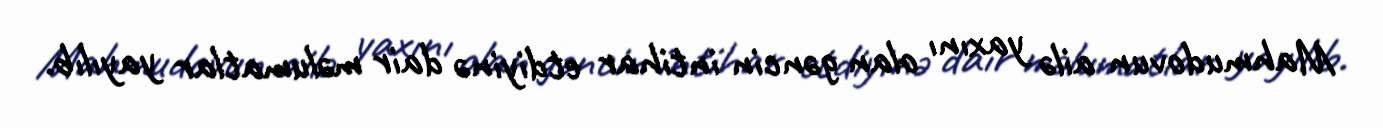
Mahmudovun ailə yaxını olan gəncin intihar etdiyinə dair məlumatlar yayılıb.